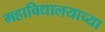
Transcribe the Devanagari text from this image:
महाविद्यालयाच्या